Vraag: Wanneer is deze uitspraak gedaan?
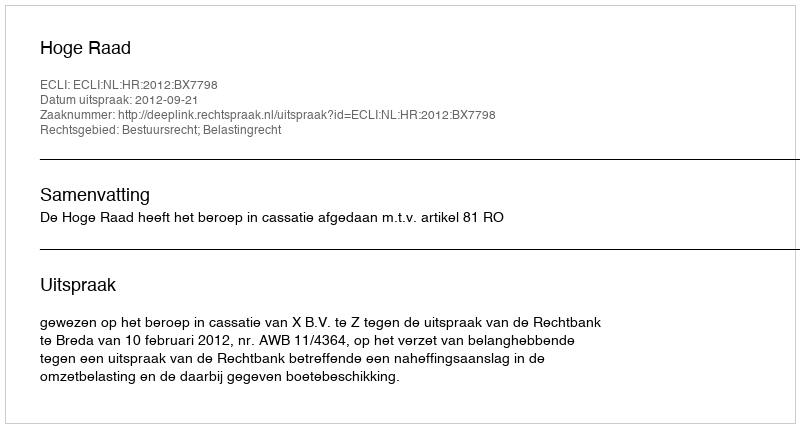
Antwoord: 2012-09-21